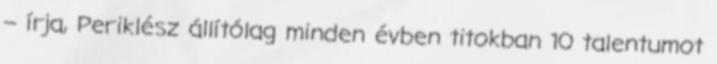
– írja, Periklész állítólag minden évben titokban 10 talentumot